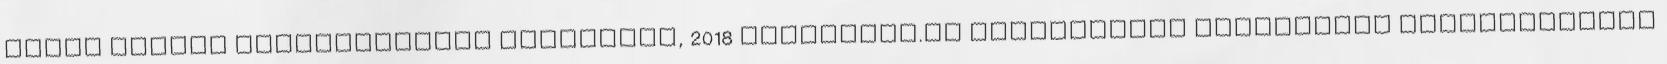
Liszt Ferenc Zeneművészeti Főiskolán, 2018 DocPlayer.hu Adatvédelmi irányelvek Szolgáltatási